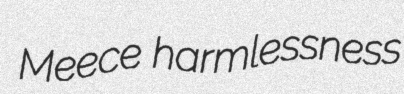
Meece harmlessness